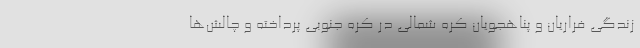
زندگی فراریان و پناهجویان کره شمالی در کره جنوبی پرداخته و چالش‌ها